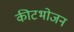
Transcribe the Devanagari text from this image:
कीटभोजन